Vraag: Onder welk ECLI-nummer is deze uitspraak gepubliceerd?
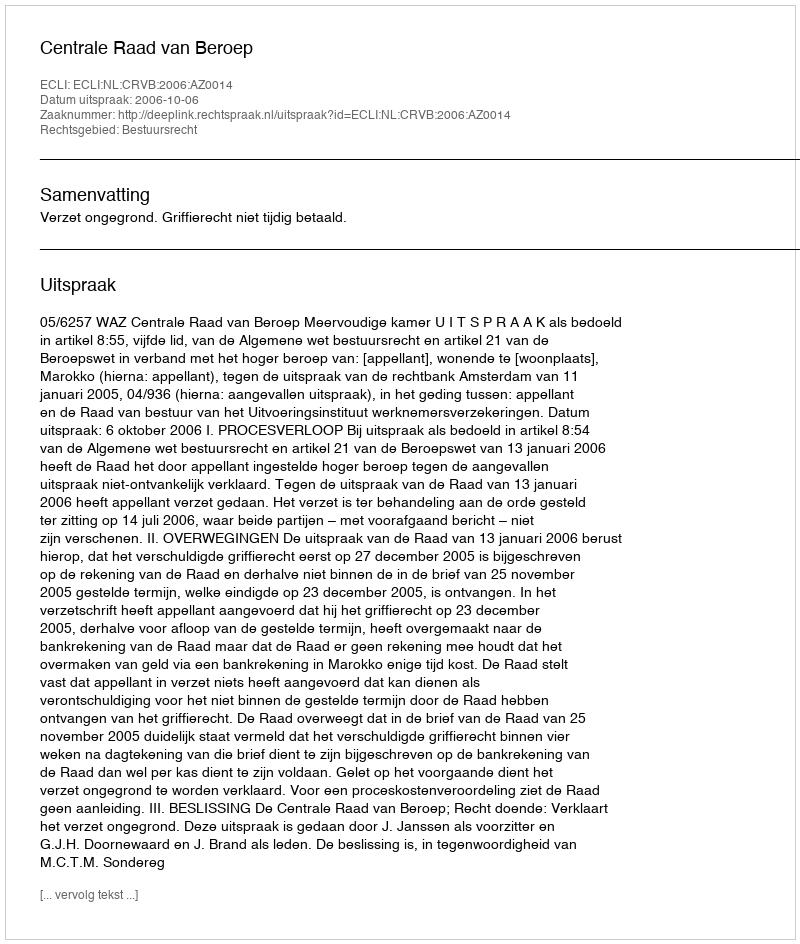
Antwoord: ECLI:NL:CRVB:2006:AZ0014